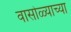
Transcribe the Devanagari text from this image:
वासोळ्याच्या